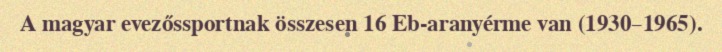
A magyar evezőssportnak összesen 16 Eb-aranyérme van (1930–1965).